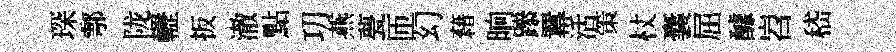
琛鄠陇轣扳澈點㓛燕甍匝幻藉晌𨅶羃活策杖囊屈醵岧嵇